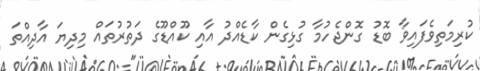
ކުރިމަތިވެފައިވާ ބޮޑު ގޮންޖެހުމާ ގުޅިގެން ކާޑެއްދު އާއި ކޫއްޑޫގެ ދަތުރުތައް މިދިޔަ އާދިއްތަ